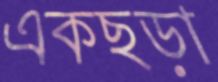
একছড়া